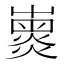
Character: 𡽽